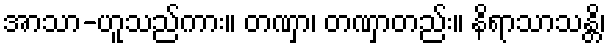
အာသာ-ဟူသည်ကား။ တဏှာ၊ တဏှာတည်း။ နိရာသာသန္တိ၊